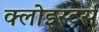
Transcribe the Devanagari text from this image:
क्लोइस्टर्स